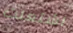
اشتعلت